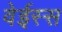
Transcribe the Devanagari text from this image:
वेईस्स